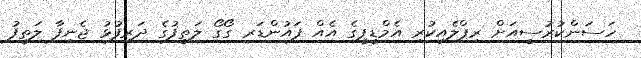
ހަސަންކުރުސީއަށް ރިޕްލެއިކުރި އެމްޑީޕީގެ އެއް ފައުންޑަރ ގޯގޯ ލަތީފުގެ ދަރިފުޅު ޖެނިފާ ލަތީފު